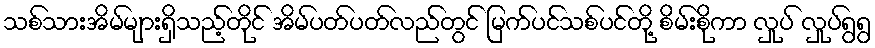
သစ်သားအိမ်များရှိသည့်တိုင် အိမ်ပတ်ပတ်လည်တွင် မြက်ပင်သစ်ပင်တို့ စိမ်းစိုကာ လှုပ် လှုပ်ရွရွ